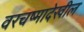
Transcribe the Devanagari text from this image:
वरचष्मादेखील